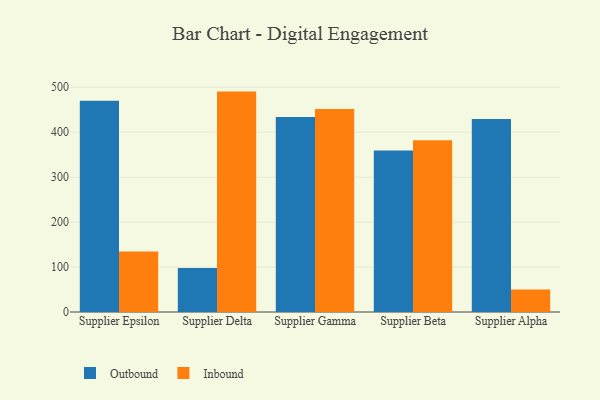
{"axis": {"x": "Supplier", "y": "Backlog"}, "legend": ["Inbound", "Outbound"], "data": [{"x": "Supplier Epsilon", "y": 470.1, "type": "Outbound"}, {"x": "Supplier Epsilon", "y": 134.4, "type": "Inbound"}, {"x": "Supplier Delta", "y": 97.8, "type": "Outbound"}, {"x": "Supplier Delta", "y": 490.2, "type": "Inbound"}, {"x": "Supplier Gamma", "y": 433.7, "type": "Outbound"}, {"x": "Supplier Gamma", "y": 451.4, "type": "Inbound"}, {"x": "Supplier Beta", "y": 359.0, "type": "Outbound"}, {"x": "Supplier Beta", "y": 381.9, "type": "Inbound"}, {"x": "Supplier Alpha", "y": 429.4, "type": "Outbound"}, {"x": "Supplier Alpha", "y": 50.0, "type": "Inbound"}]}